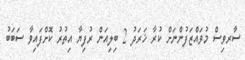
ސާރވިސް މުވައްޒަފުންނަށް ކުރާ ޚަރަދު 2 ބިލިއަން ރުފިޔާ އިތުރު ކޮށްފައިވާ ސަބަބު